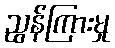
ညွန်ကြားမှု